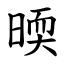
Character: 㬉